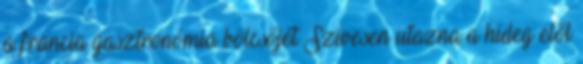
a francia gasztronómia bölcsőjét Szívesen utazna a hideg elől